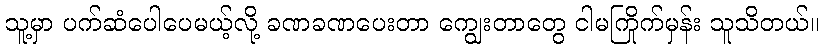
သူ့မှာ ပက်ဆံပေါပေမယ့်လို့ ခဏခဏပေးတာ ကျွေးတာတွေ ငါမကြိုက်မှန်း သူသိတယ်။